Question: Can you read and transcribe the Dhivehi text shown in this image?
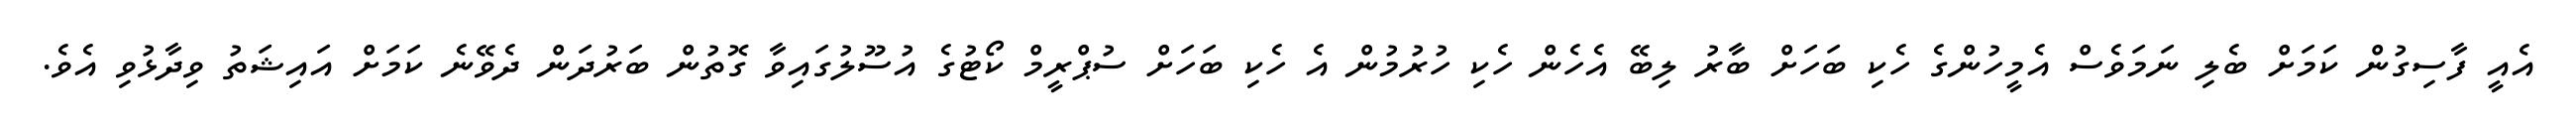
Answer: އެއީ ފާސިގުން ކަމަށް ބެލި ނަމަވެސް އެމީހުންގެ ހެކި ބަހަށް ބާރު ލިބޭ އެހެން ހެކި ހުރުމުން އެ ހެކި ބަހަށް ސުޕްރީމް ކޯޓުގެ އުސޫލުގައިވާ ގޮތުން ބަރުދަން ދެވޭނެ ކަމަށް އައިޝަތު ވިދާޅުވި އެވެ.